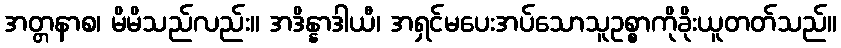
အတ္တနာစ၊ မိမိသည်လည်း။ အဒိန္နာဒါယီ၊ အရှင်မပေးအပ်သောသူဥစ္စာကိုခိုးယူတတ်သည်။